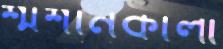
শ্মশানকালী